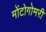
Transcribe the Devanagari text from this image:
मोंटोगोमरी